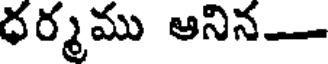
ధర్మము ఆనిన-